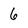
Character: 6